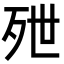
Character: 𬆑